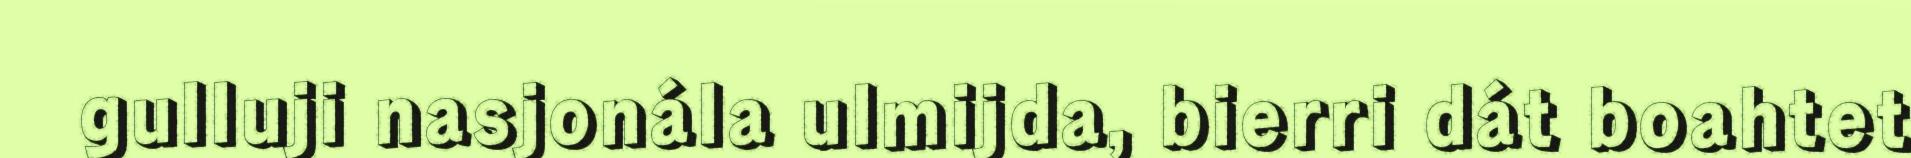
gulluji nasjonála ulmijda, bierri dát boahtet